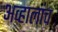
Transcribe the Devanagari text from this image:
अव्हालांच